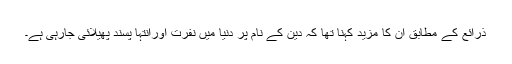
ذرائع کے مطابق ان کا مزید کہنا تھا کہ دین کے نام پر دنیا میں نفرت اورانتہا پسند پھیلائی جارہی ہے۔